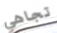
تجاهي